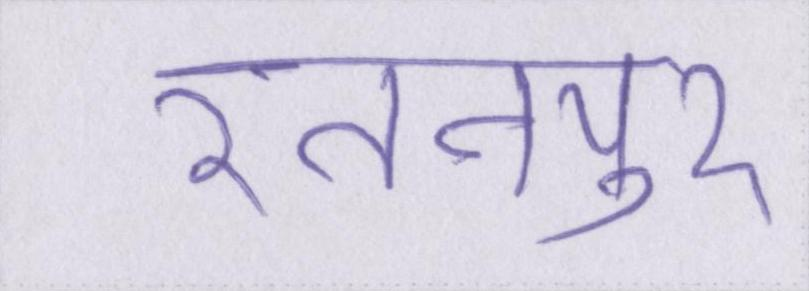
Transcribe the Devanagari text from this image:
रतनपुर